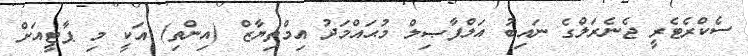
ސެކްރެޓެރީ ޖެނެރަލްގެ ނައިބު އަލްފާޞިލް މުޙައްމަދު އިމްތިޔާޒް (އިންތި) އަކީ މި ޕާޓީއަށް